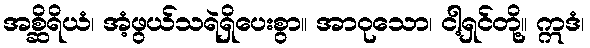
အစ္ဆိရိယံ၊ အံ့ဖွယ်သရဲရှိပေးစွာ။ အာဝုသော၊ ငါ့ရှင်တို့။ ဣဒံ၊